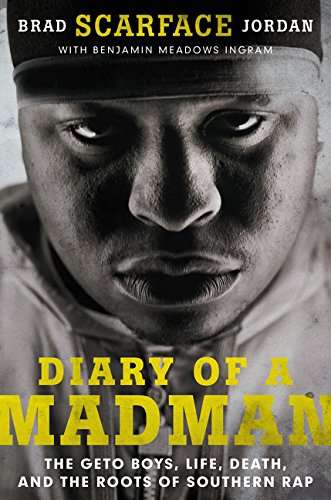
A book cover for Diary of a Madman: The Geto Boys, Life, Death, and the Roots of Southern Rap; Brad "Scarface" Jordan; Humor & Entertainment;